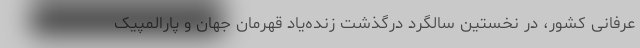
عرفانی کشور، در نخستین سالگرد درگذشت زنده‌یاد قهرمان جهان و پارالمپیک